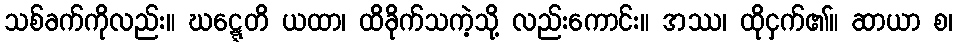
သစ်ခက်ကိုလည်း။ ဃဋ္ဋေတိ ယထာ၊ ထိခိုက်သကဲ့သို့ လည်းကောင်း။ အဿ၊ ထိုငှက်၏။ ဆာယာ စ၊